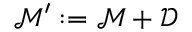
{ \mathcal { M } } ^ { \prime } : = { \mathcal { M } } + { \mathcal { D } }